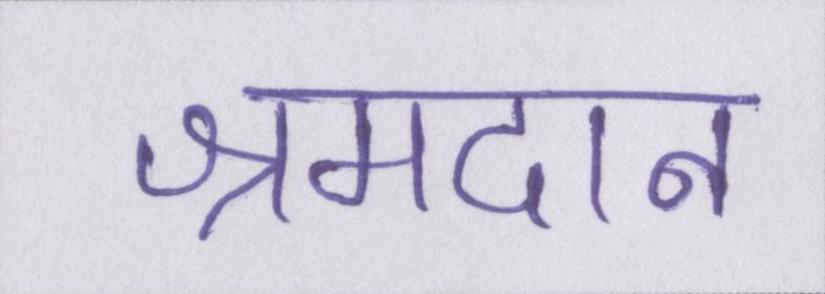
श्रमदान